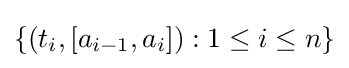
\{(t_{i},[a_{i-1},a_{i}]):1\leq i\leq n\}